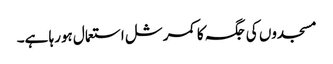
مسجدوں کی جگہ کا کمرشل استعمال ہورہا ہے۔